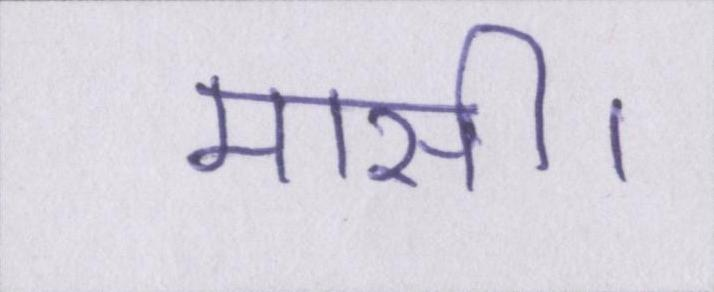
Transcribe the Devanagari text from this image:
मासी।